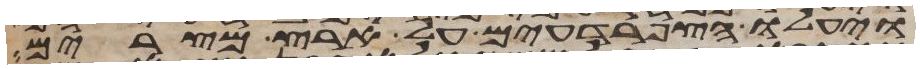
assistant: ויעלו הצפרדעים על ארץ מצרים